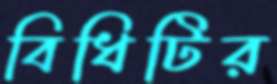
বিধিটির